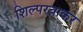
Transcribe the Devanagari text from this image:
शिल्परत्नाकर